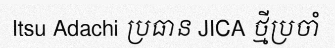
Itsu Adachi ប្រធាន JICA ថ្មីប្រចាំ